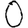
Digit: 0